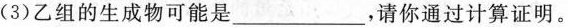
(3)乙组的生成物可能是___，请你通过计算证明。